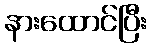
နားထောင်ပြီး